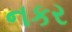
નકર